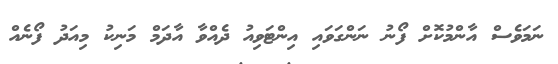
ނަމަވެސް އާންމުކޮށް ފޯނު ނަންގަވައި އިންޓަވިއު ދެއްވާ އާދަމް މަނިކު މިއަދު ފޯނެއް